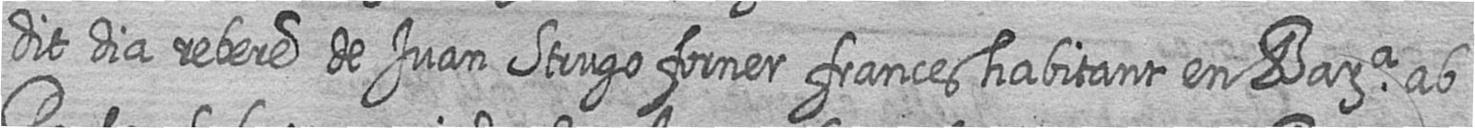
dit dia rebere de Juan Strugo forner frances habitant en Bara ab